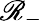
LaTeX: \mathscr{R}_{-}